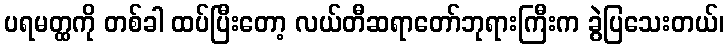
ပရမတ္ထကို တစ်ခါ ထပ်ပြီးတော့ လယ်တီဆရာတော်ဘုရားကြီးက ခွဲပြသေးတယ်၊